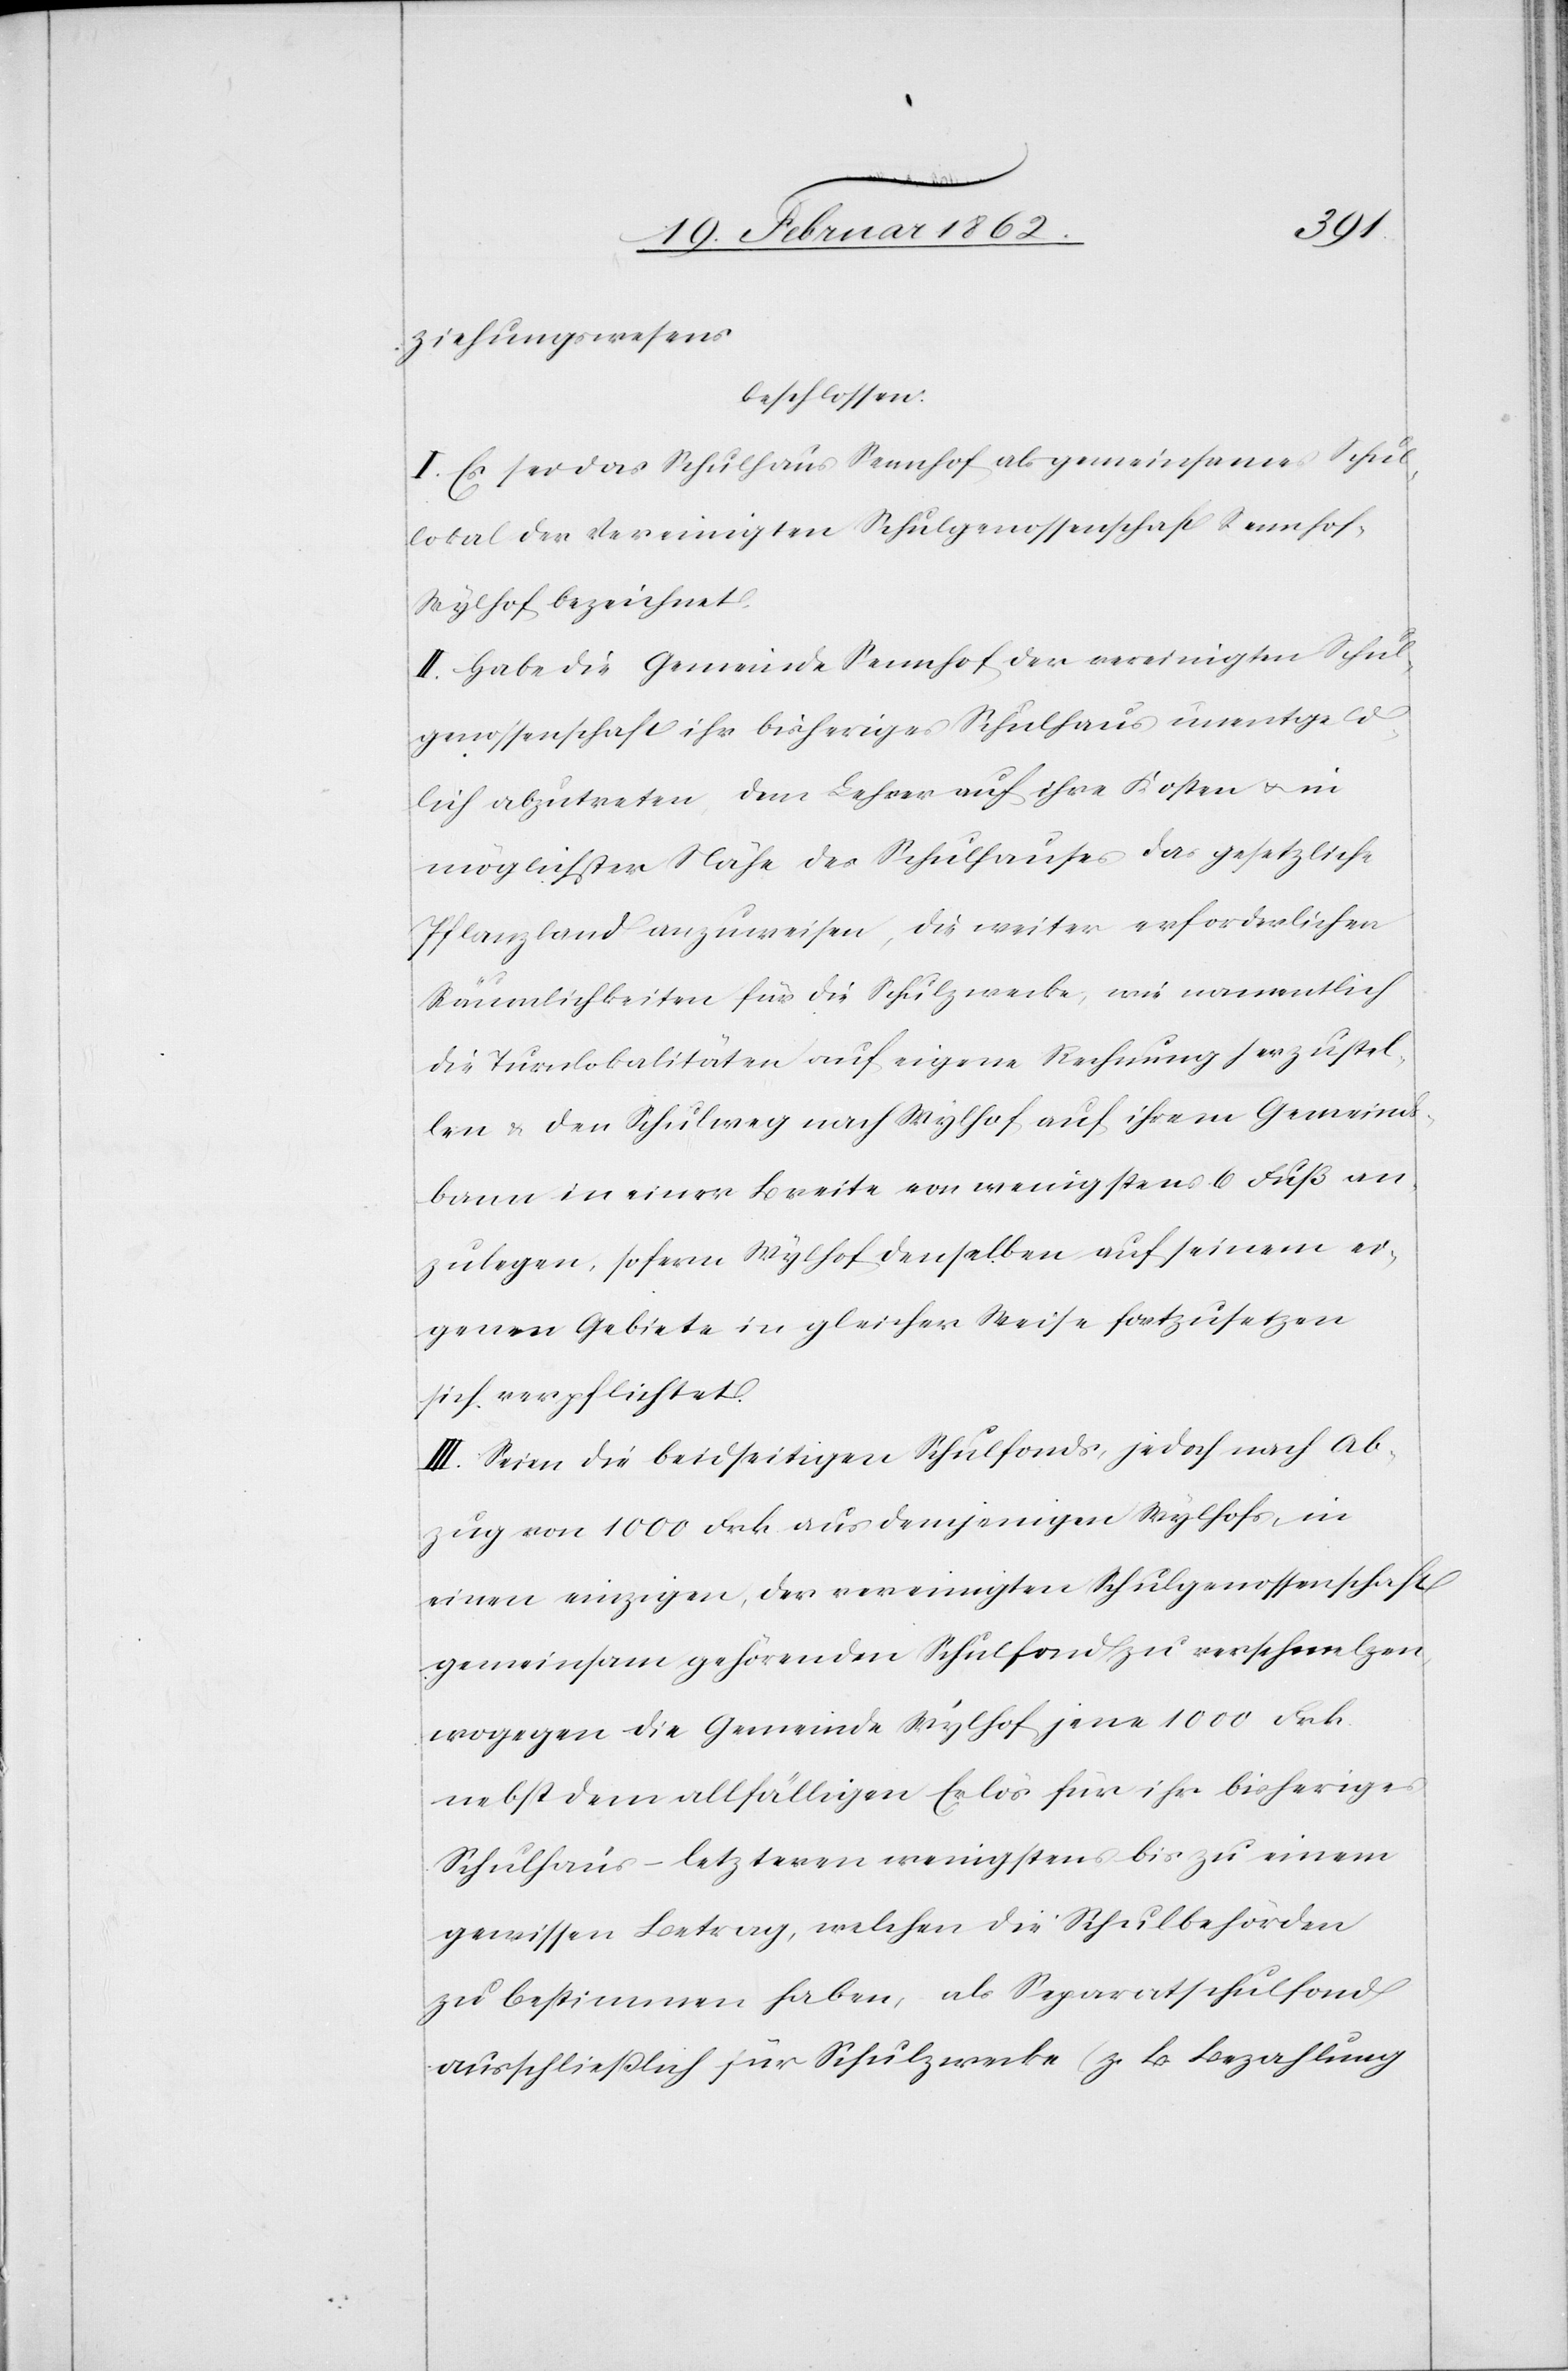
ziehungswesens
beschlossen:
I. Es sei das Schulhaus Sennhof als gemeinsames Schul¬
lokal der vereinigten Schulgenossenschaft Sennhof-W¬
ylhof bezeichnet.
II. Habe die Gemeinde Sennhof der vereinigten Schul¬
genossenschaft ihr bisheriges Schulhaus unentgeld¬
lich abzutreten, dem Lehrer auf ihre Kosten u. in
möglichster Nähe des Schulhauses das gesetzliche
Pflanzland anzuweisen, die weiter erforderlichen
Räumlichkeiten für die Schulzwecke, wie namentlich
die Turnlokalitäten auf eigene Rechnung herzustel¬
len & den Schulweg nach Wylhof auf ihrem Gemeinds¬
bann in einer Breite von wenigstens 6 Fuß an
zulegen, sofern Wylhof denselben auf seinem ei¬
genen Gebiete in gleicher Weise fortzusetzen
sich verpflichtet.
III. Seien die beidseitigen Schulfonds, jedoch nach Ab¬
zug von 1000 Frk. aus demjenigen Wylhofs, in
einen einzigen, der vereinigten Schulgenossenschaft
gemeinsam gehörenden Schulfonds zu verschmelzen,
wogegen die Gemeinde Wylhof jene 1000 Frk.
nebst dem allfälligen Erlös für ihr bisheriges
Schulhaus – letzteren wenigstens bis zu einem
gewissen Betrag, welchen die Schulbehörden
zu bestimmen haben, als Separatschulfond
ausschließlich für Schulzwecke (z. B. Bezahlung